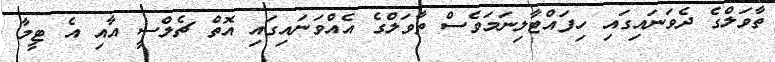
ތާވަލްގެ ދެވަނައިގައި ހިފައްޓާލިނަމަވެސް ތާވަލްގެ އެއްވަނައިގައި އޮތް ޗެލްސީ އާއި އެ ޓީމާ